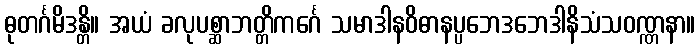
ဓုတင်္ဂမိဒန္တိ။ အယံ ခလုပစ္ဆာဘတ္တိကင်္ဂေ သမာဒါနဝိဓာနပ္ပဘေဒဘေဒါနိသံသဝဏ္ဏနာ။